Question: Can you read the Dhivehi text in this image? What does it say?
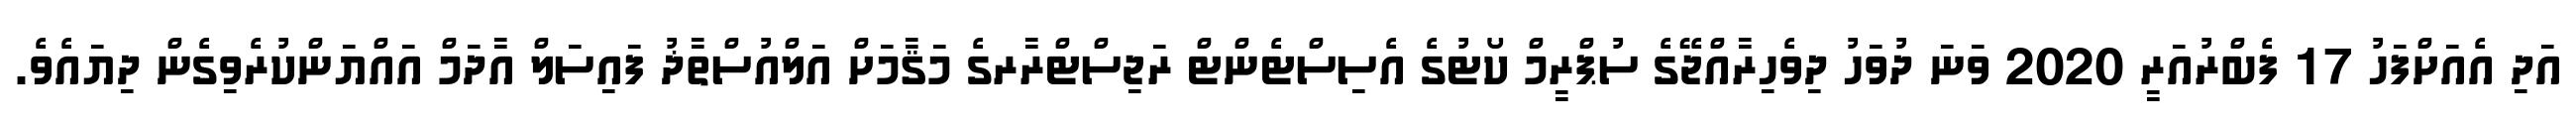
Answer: އަދި އެއަށްފަހު 17 ފެބްރުއަރީ 2020 ވަނަ ދުވަހު ދިވެހިރާއްޖޭގެ ސުޕްރީމް ކޯޓުގެ އެސިސްޓެންޓް ރަޖިސްޓްރާރގެ މަޤާމަށް އަލްއުސްތާޛު ފައިސަލް އާދަމް އައްޔަންކުރެވިގެން ދިޔައެވެ.